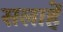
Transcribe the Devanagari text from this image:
सलाहें